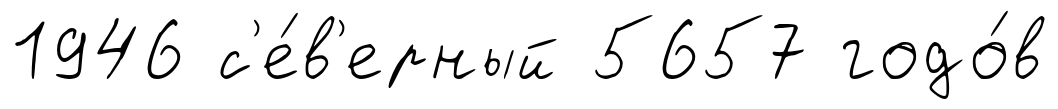
1946 с'е́в'ерный 5657 годо́в